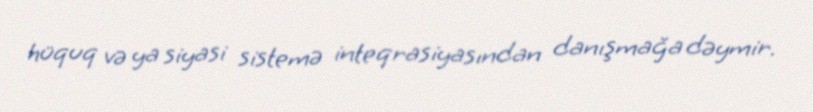
hüquq və ya siyasi sistemə inteqrasiyasından danışmağa dəymir.